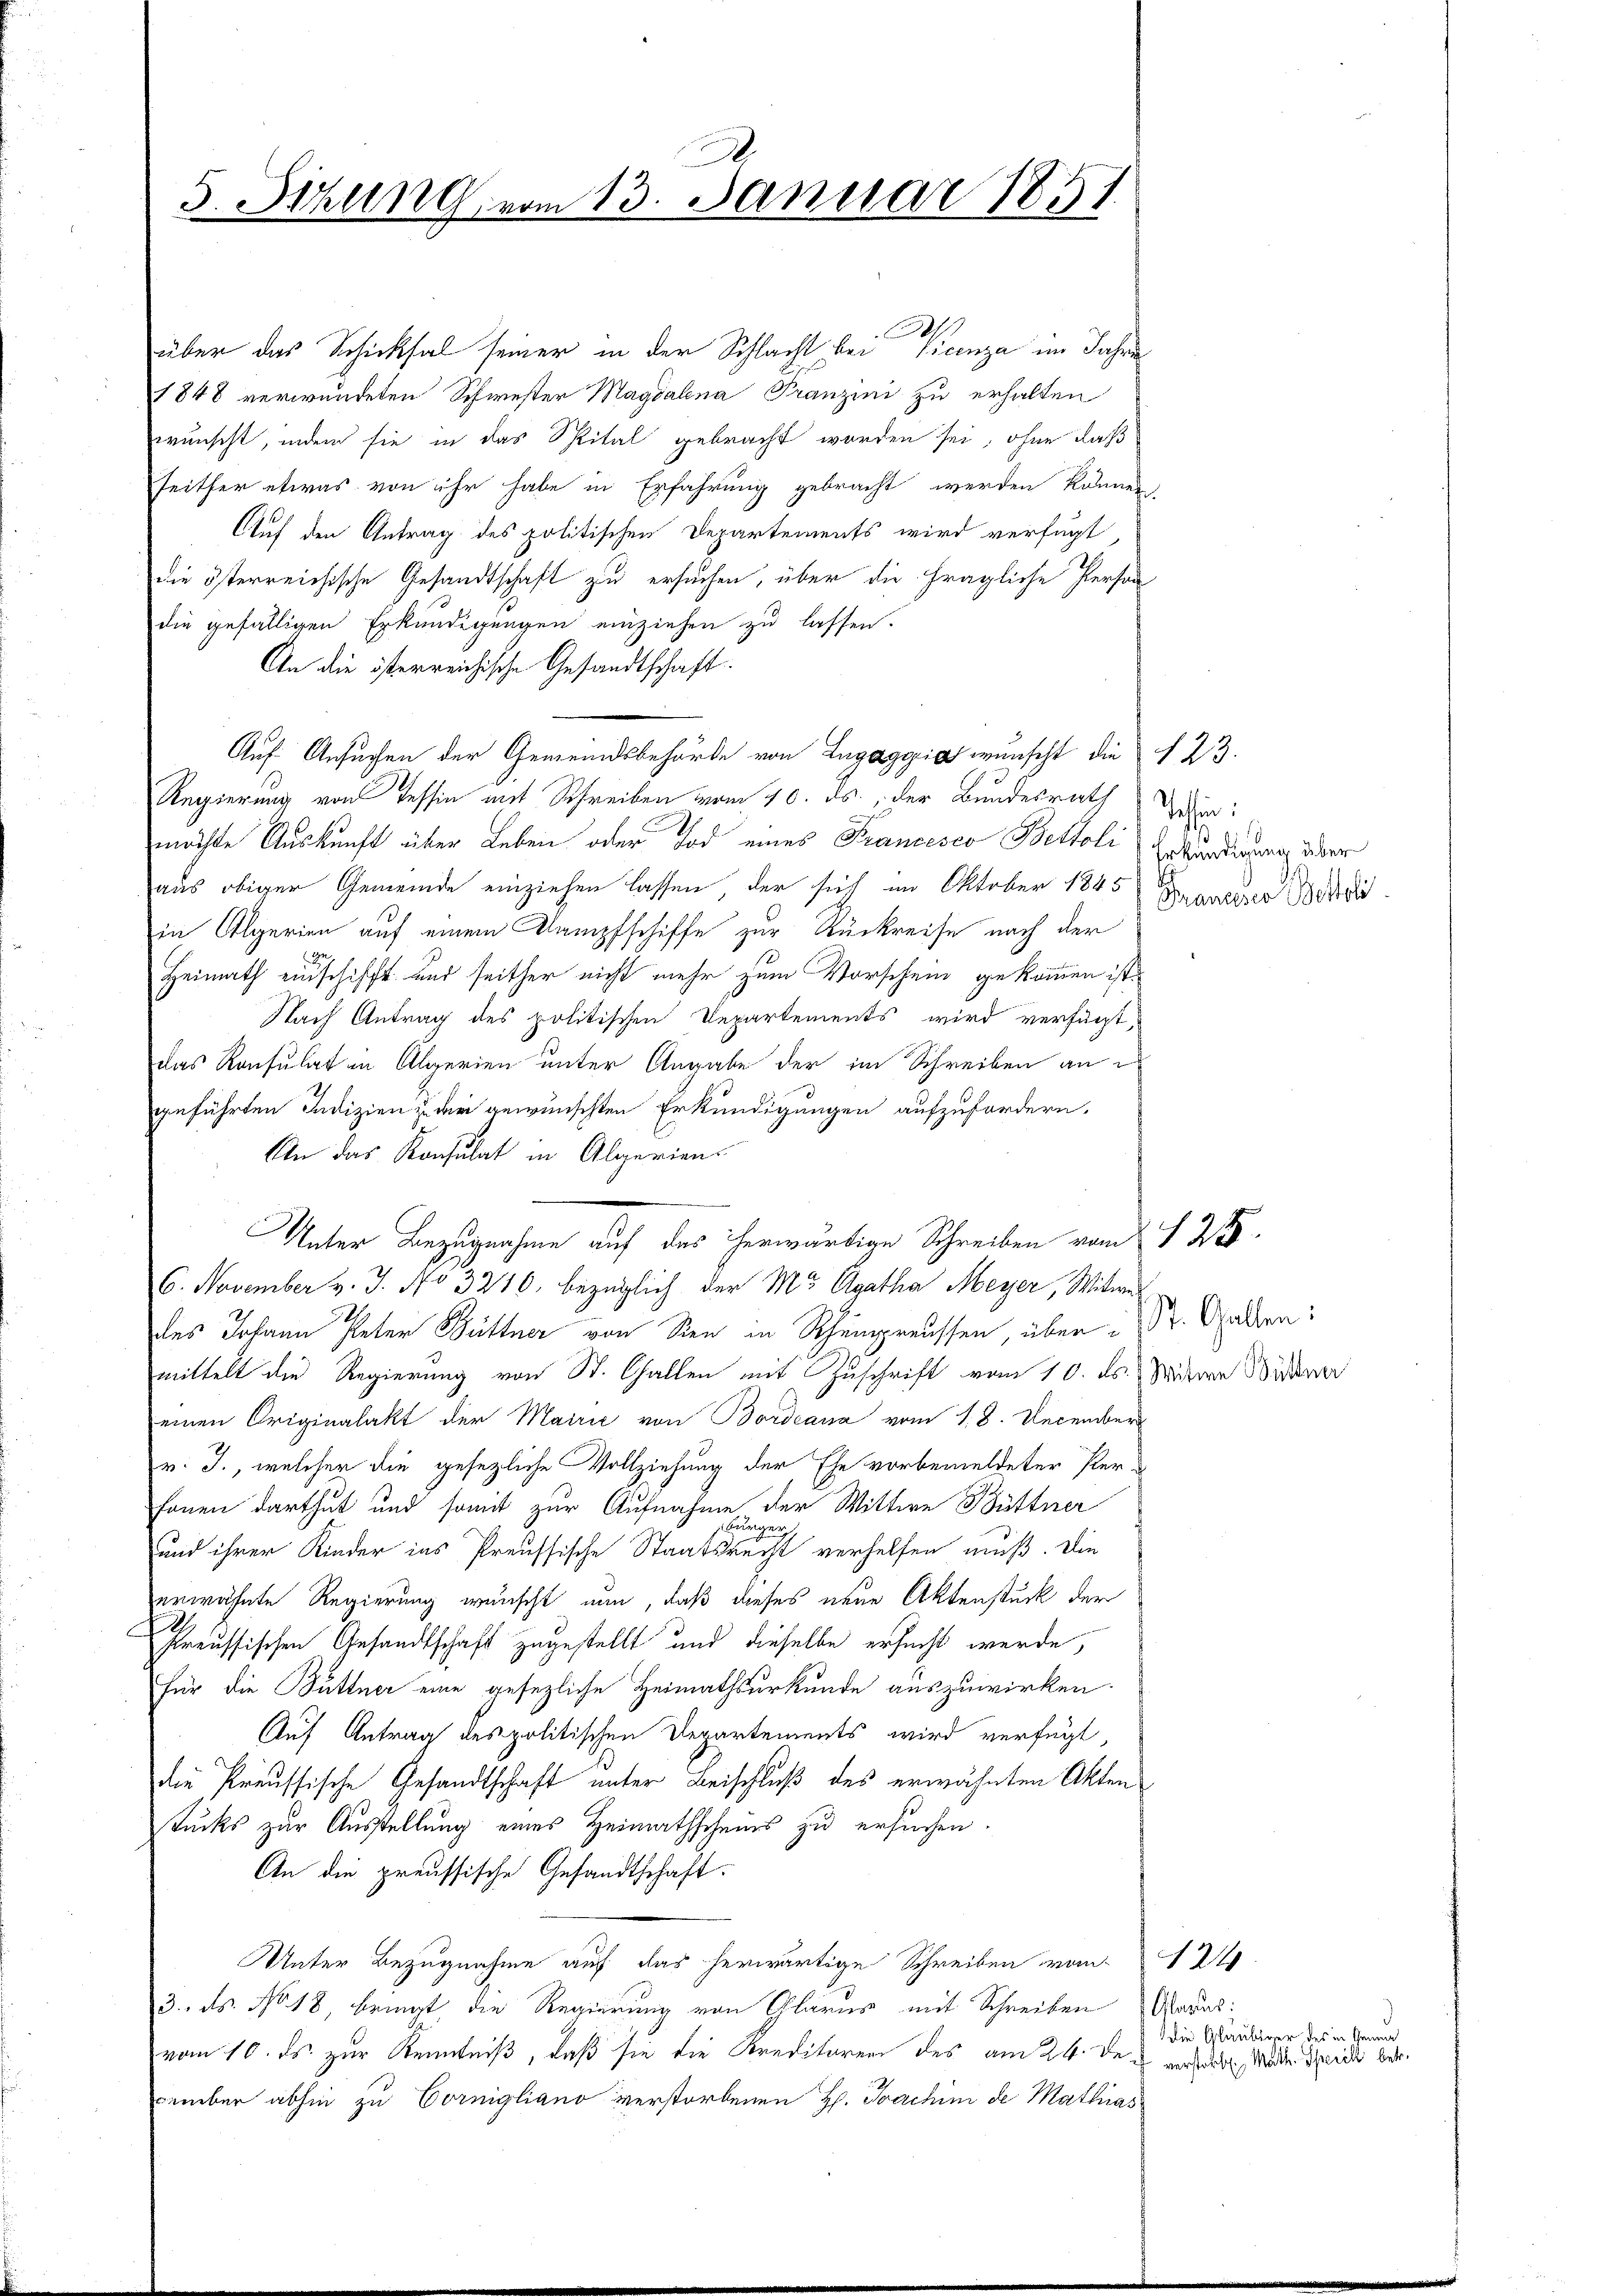
5. Sitzung vom 13. Januar 1851.

über das Schicksal seiner in der Schlacht bei Vicenza im Jahre
1848 verwundeten Schwester Magdalena Franzini zu erhalten
wünscht, indem sie in das Spital gebracht worden sei, ohne daß
seither etwas von ihr habe in Erfahrung gebracht werden können,
Auf den Antrag des politischen Departements wird verfügt,
die österreichische Gesandtschaft zu ersuchen, über die fragliche Person
die gefälligen Erkundigungen einziehen zu lassen.
An die österreichische Gesandtschaft.
Auf Ansuchen der Gemeindsbehörde von Luggi wunscht die § 23.
Regierung von Tessin mit Schreiben vom 10. ds. der Bundesrath Uitimöchte Auskunft über Leben oder Tod eines Francesco Bettoli Erkundigung über
aus obiger Gemeinde einziehen lassen, der sich im Oktober 1845
in Alperien auf einem Kampfschiffe zur Rückreise nach der
Heimath einschifft und seither nicht mehr zum Vorschein gekommen ist.
Nach Antrag des politischen Departements wird verfügt,
das Konsulat in Algerien unter Angabe der im Schreiben an d
geführten Indizien zu der gewünschten Erkundigungen aufzufordern,
An das Konsulat in Algerien.
Unter Bezugnahme auf das herwärtige Schreiben von 125.
6. November v. J. No 3270, bezüglich der Mr Agatha Meyer, Witwe
des Johann Peter Büttner von Sien in Rheinpreussen, über. Gallen:
mittelt die Regierung von St. Gallen mit Zuschrift vom 10. ds. Weitere Wittwer
einen Originalakt der Mairić von Bordeana vom 18. December
v. J., welcher die gesezliche Vollziehung der Ehe vorbemeldeter Perfonen darthut und somit zur Aufnahme der Wittwe Büttner
bürger,
und ihrer Kinder ins Preussische Staatsrecht verhelfen muß. Die
erwähnte Regierung wünscht nun, daß dieses neue Aktenstück der
reussischen Gesandtschaft zugestellt und dieselbe ersucht werde,
für die Büttner eine gesezliche Heimathsurkunde auszuwirken.
Auf Antrag des politischen Departements wird verfügt,
die Preussische Gesandtschaft unter Beischluß des erwähnten Akten
stucks zur Ausstellung eines Heimathscheins zu ersuchen.
An die preussische Gesandtschaft.
Unter Bezugnahme auf das herwärtige Schreiben vom 124.
3.. Fs. No 18, bringt die Regierung von Glarus mit Schreiben Arras
vom 10. ds. zur Kenntniß, daß sie die Kreditoren des am 24. den er der Wider Schreits ber
cember abhin zu Cornigliano verstorbenen H. Joachini de Mathias

Franeder Bettel

Die Gläubiger des in Gemein